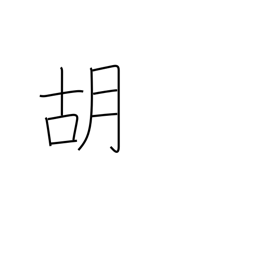
Meaning: foreign